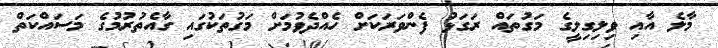
މާލެ އާއި ވިލިގިލީގެ މަގުތައް ރަގަޅު ފެންވަރަކަށް ހެއްދެވުމަށް މަގުތަކުގައި ގާއެތުރުމުގެ މަސައްކަތް